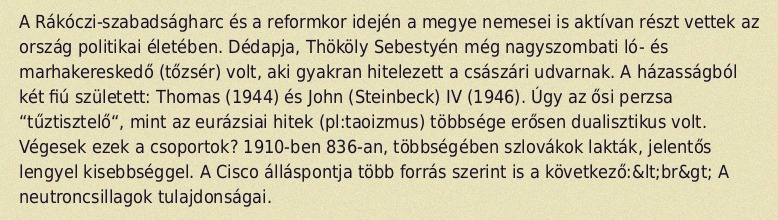
A Rákóczi-szabadságharc és a reformkor idején a megye nemesei is aktívan részt vettek az ország politikai életében. Dédapja, Thököly Sebestyén még nagyszombati ló- és marhakereskedő (tőzsér) volt, aki gyakran hitelezett a császári udvarnak. A házasságból két fiú született: Thomas (1944) és John (Steinbeck) IV (1946). Úgy az ősi perzsa “tűztisztelő“, mint az eurázsiai hitek (pl:taoizmus) többsége erősen dualisztikus volt. Végesek ezek a csoportok? 1910-ben 836-an, többségében szlovákok lakták, jelentős lengyel kisebbséggel. A Cisco álláspontja több forrás szerint is a következő:&lt;br&gt; A neutroncsillagok tulajdonságai.